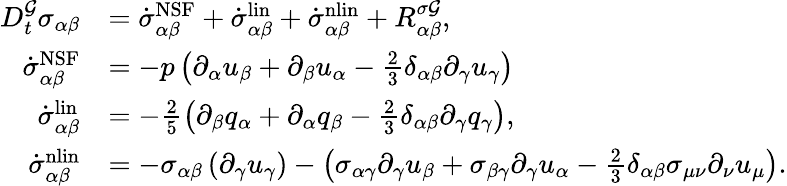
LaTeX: \begin{array}{rl}{D_{t}^{\mathcal{G}}\sigma_{\alpha\beta}}&{=\dot{\sigma}_{\alpha\beta}^{\mathrm{NSF}}+\dot{\sigma}_{\alpha\beta}^{\mathrm{lin}}+\dot{\sigma}_{\alpha\beta}^{\mathrm{nlin}}+R_{\alpha\beta}^{\sigma\mathcal{G}},}\\ {\dot{\sigma}_{\alpha\beta}^{\mathrm{NSF}}}&{=-p\left(\partial_{\alpha}u_{\beta}+\partial_{\beta}u_{\alpha}-\frac{2}{3}\delta_{\alpha\beta}\partial_{\gamma}u_{\gamma}\right)}\\ {\dot{\sigma}_{\alpha\beta}^{\mathrm{lin}}}&{=-\frac{2}{5}\left(\partial_{\beta}q_{\alpha}+\partial_{\alpha}q_{\beta}-\frac{2}{3}\delta_{\alpha\beta}\partial_{\gamma}q_{\gamma}\right),}\\ {\dot{\sigma}_{\alpha\beta}^{\mathrm{nlin}}}&{=-\sigma_{\alpha\beta}\left(\partial_{\gamma}u_{\gamma}\right)-\left(\sigma_{\alpha\gamma}\partial_{\gamma}u_{\beta}+\sigma_{\beta\gamma}\partial_{\gamma}u_{\alpha}-\frac{2}{3}\delta_{\alpha\beta}\sigma_{\mu\nu}\partial_{\nu}u_{\mu}\right).}\end{array}